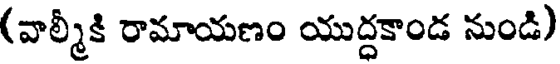
(వాల్మీకి రామాయణం యుద్దకాండ నుండి)